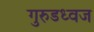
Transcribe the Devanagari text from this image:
गुरुडध्वज